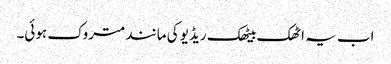
اب یہ اٹھک بیٹھک ریڈیو کی مانند متروک ہوئی۔